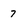
Character: 7